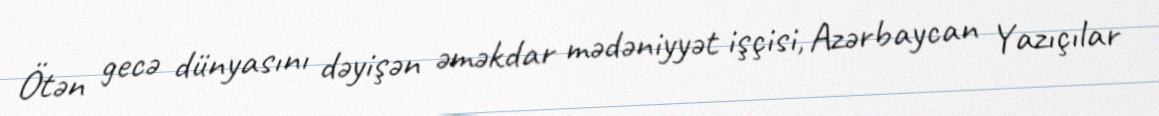
Ötən gecə dünyasını dəyişən əməkdar mədəniyyət işçisi, Azərbaycan Yazıçılar